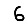
Digit: 6